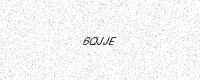
Text: 6QJJE